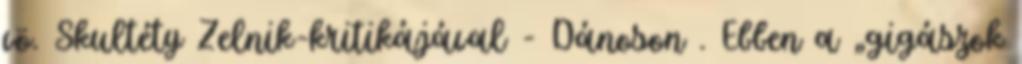
vö. Skultéty Zel­nik-kritikájával - Dánoson . Ebben a „gigászok